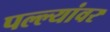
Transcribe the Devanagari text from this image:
पल्ल्यांवर